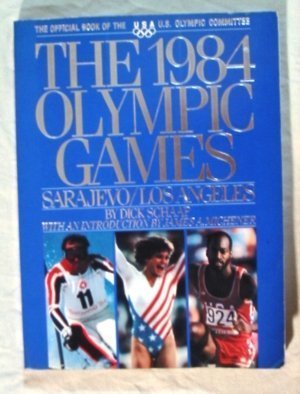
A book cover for The 1984 Olympic Games: Sarajevo/Los Angeles; Dick Schaap; Sports & Outdoors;